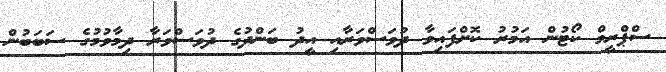
ސްޕްރީމް ކޯޓުން އަމުރު ކޮށްފައިވާ ދުވަސްވަރާއި އީދު ބަންދުގެ ދުވަސްވަރާ ދިމާވުމުގެ ސަބަބުން